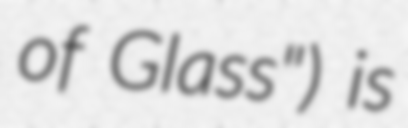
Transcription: of Glass") is